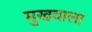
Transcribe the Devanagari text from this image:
मुखवाला